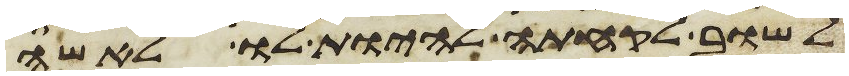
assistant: לשוב לקחתה להיות לו לאשה